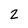
Character: 2